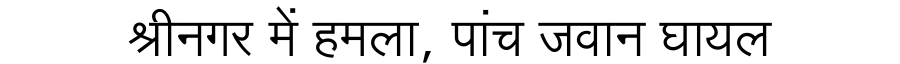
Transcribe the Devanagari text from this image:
श्रीनगर में हमला, पांच जवान घायल